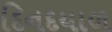
દિનદયાળ